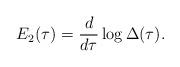
LaTeX: \begin{align*}E_2(\tau) = \frac{d}{d\tau}\log\Delta(\tau).\end{align*}